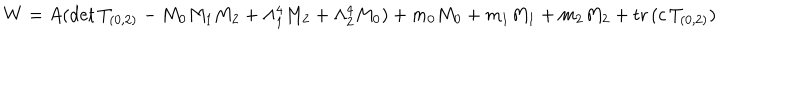
W = A ( \mathrm { d e t } \, T _ { ( 0 , 2 ) } - M _ { 0 } M _ { 1 } M _ { 2 } + \Lambda _ { 1 } ^ { 4 } M _ { 2 } + \Lambda _ { 2 } ^ { 4 } M _ { 0 } ) + m _ { 0 } M _ { 0 } + m _ { 1 } M _ { 1 } + m _ { 2 } M _ { 2 } + \mathrm { t r } \, ( c \, T _ { ( 0 , 2 ) } )